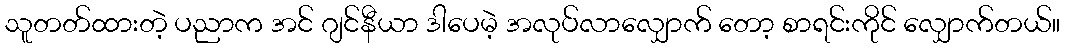
သူတတ်ထားတဲ့ ပညာက အင် ဂျင်နီယာ ဒါပေမဲ့ အလုပ်လာလျှောက် တော့ စာရင်းကိုင် လျှောက်တယ်။